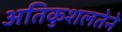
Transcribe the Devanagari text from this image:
अतिकुशलतेने